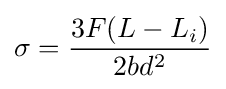
\sigma ={\frac {3F(L-L_{i})}{2bd^{2}}}